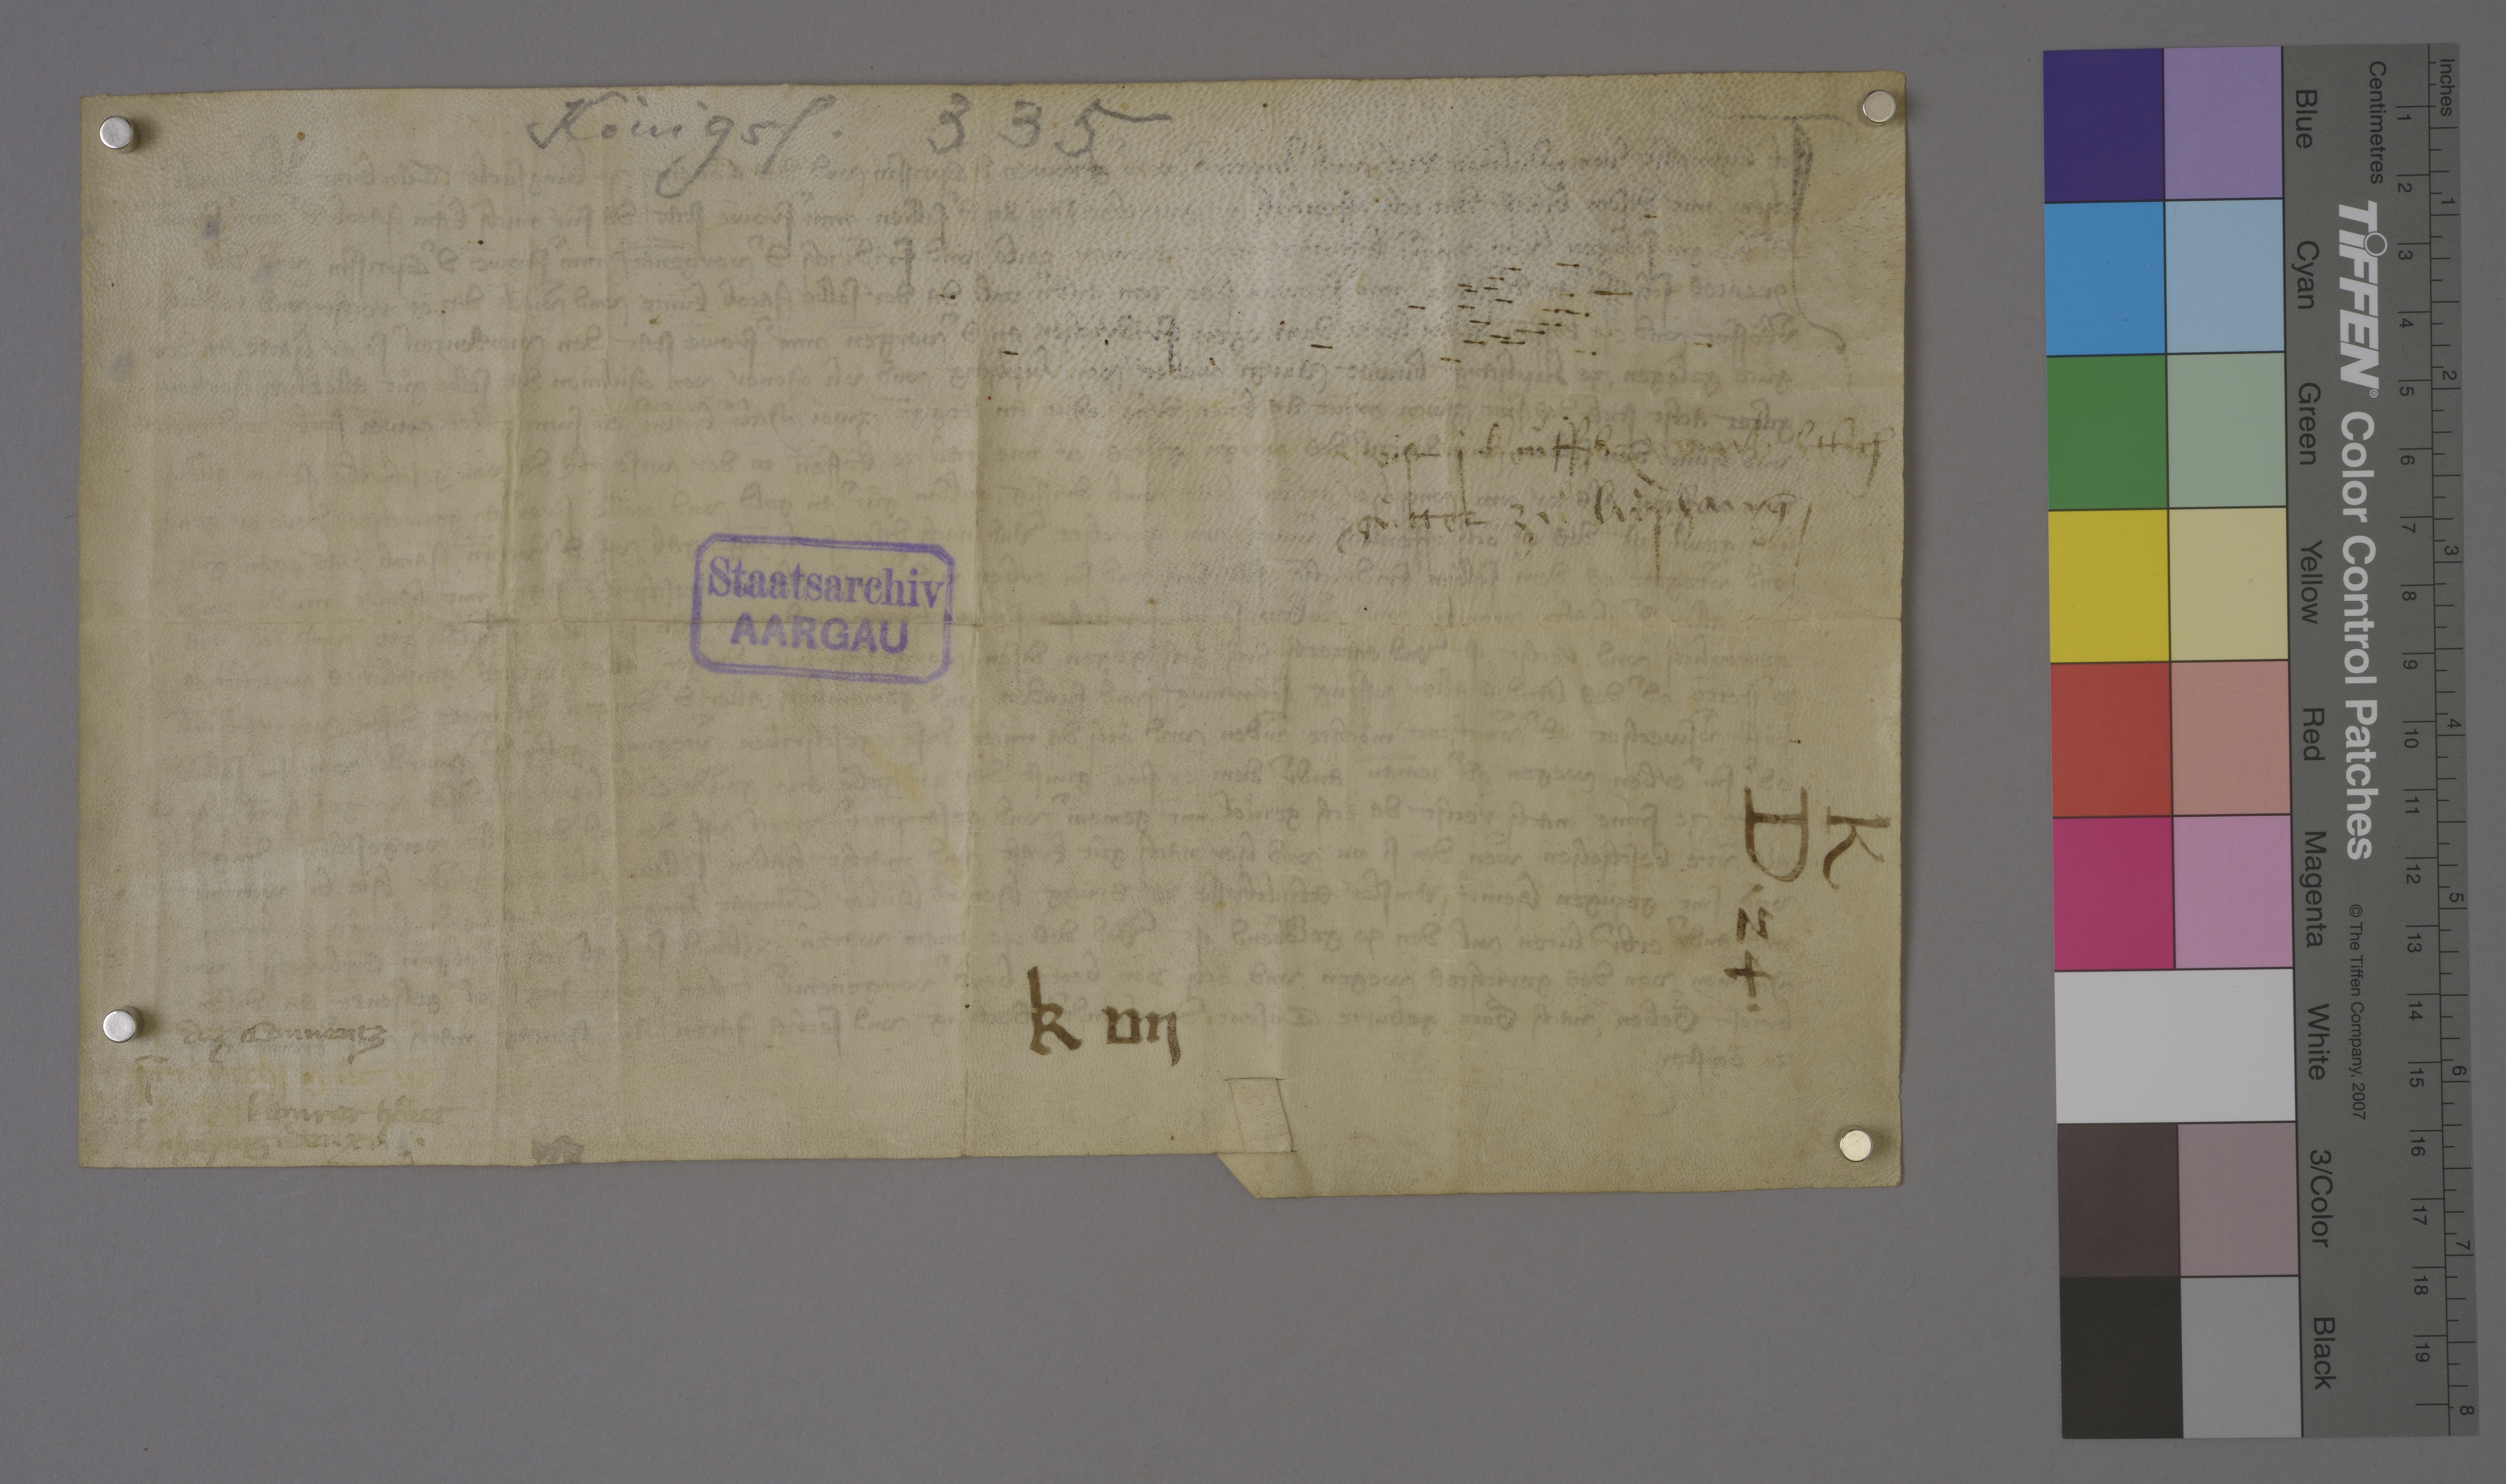
Transcription:
Königsf. 335

wist j koùffbr₎ umb etlich
guͤtter zuͦ Lùphang ✳

Staatsarchiv
AARGAU

K
D ✳ 24 ✳

k vij

dez conventz
Fridrich₎ guͦt vō
Jacob kamrer hoͤret
Lùphang ✳ der ✳ xvj ✳